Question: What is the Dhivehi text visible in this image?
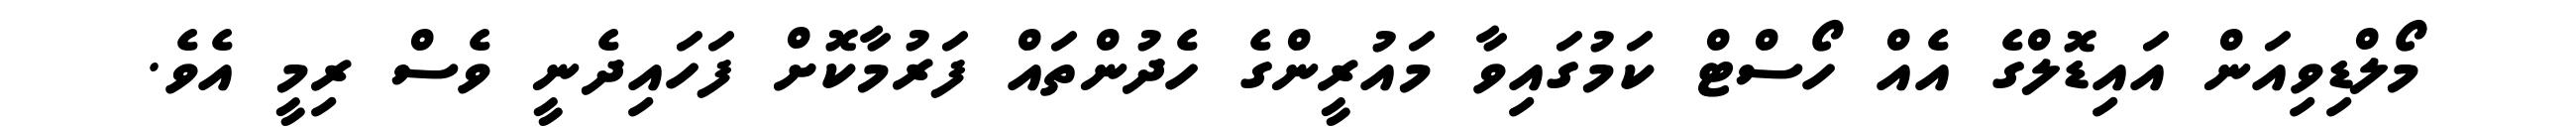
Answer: މޯލްޑިވިއަން އައިޑޮލްގެ އެއް ހޯސްޓް ކަމުގައިވާ މައުރީންގެ ހެދުންތައް ފަރުމާކޮށް ފަހައިދެނީ ވެސް ރިމީ އެވެ.